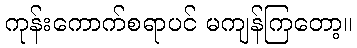
ကုန်းကောက်စရာပင် မကျန်ကြတော့။